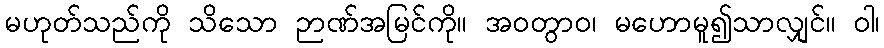
မဟုတ်သည်ကို သိသော ဉာဏ်အမြင်ကို။ အဝတွာဝ၊ မဟောမူ၍သာလျှင်။ ဝါ၊